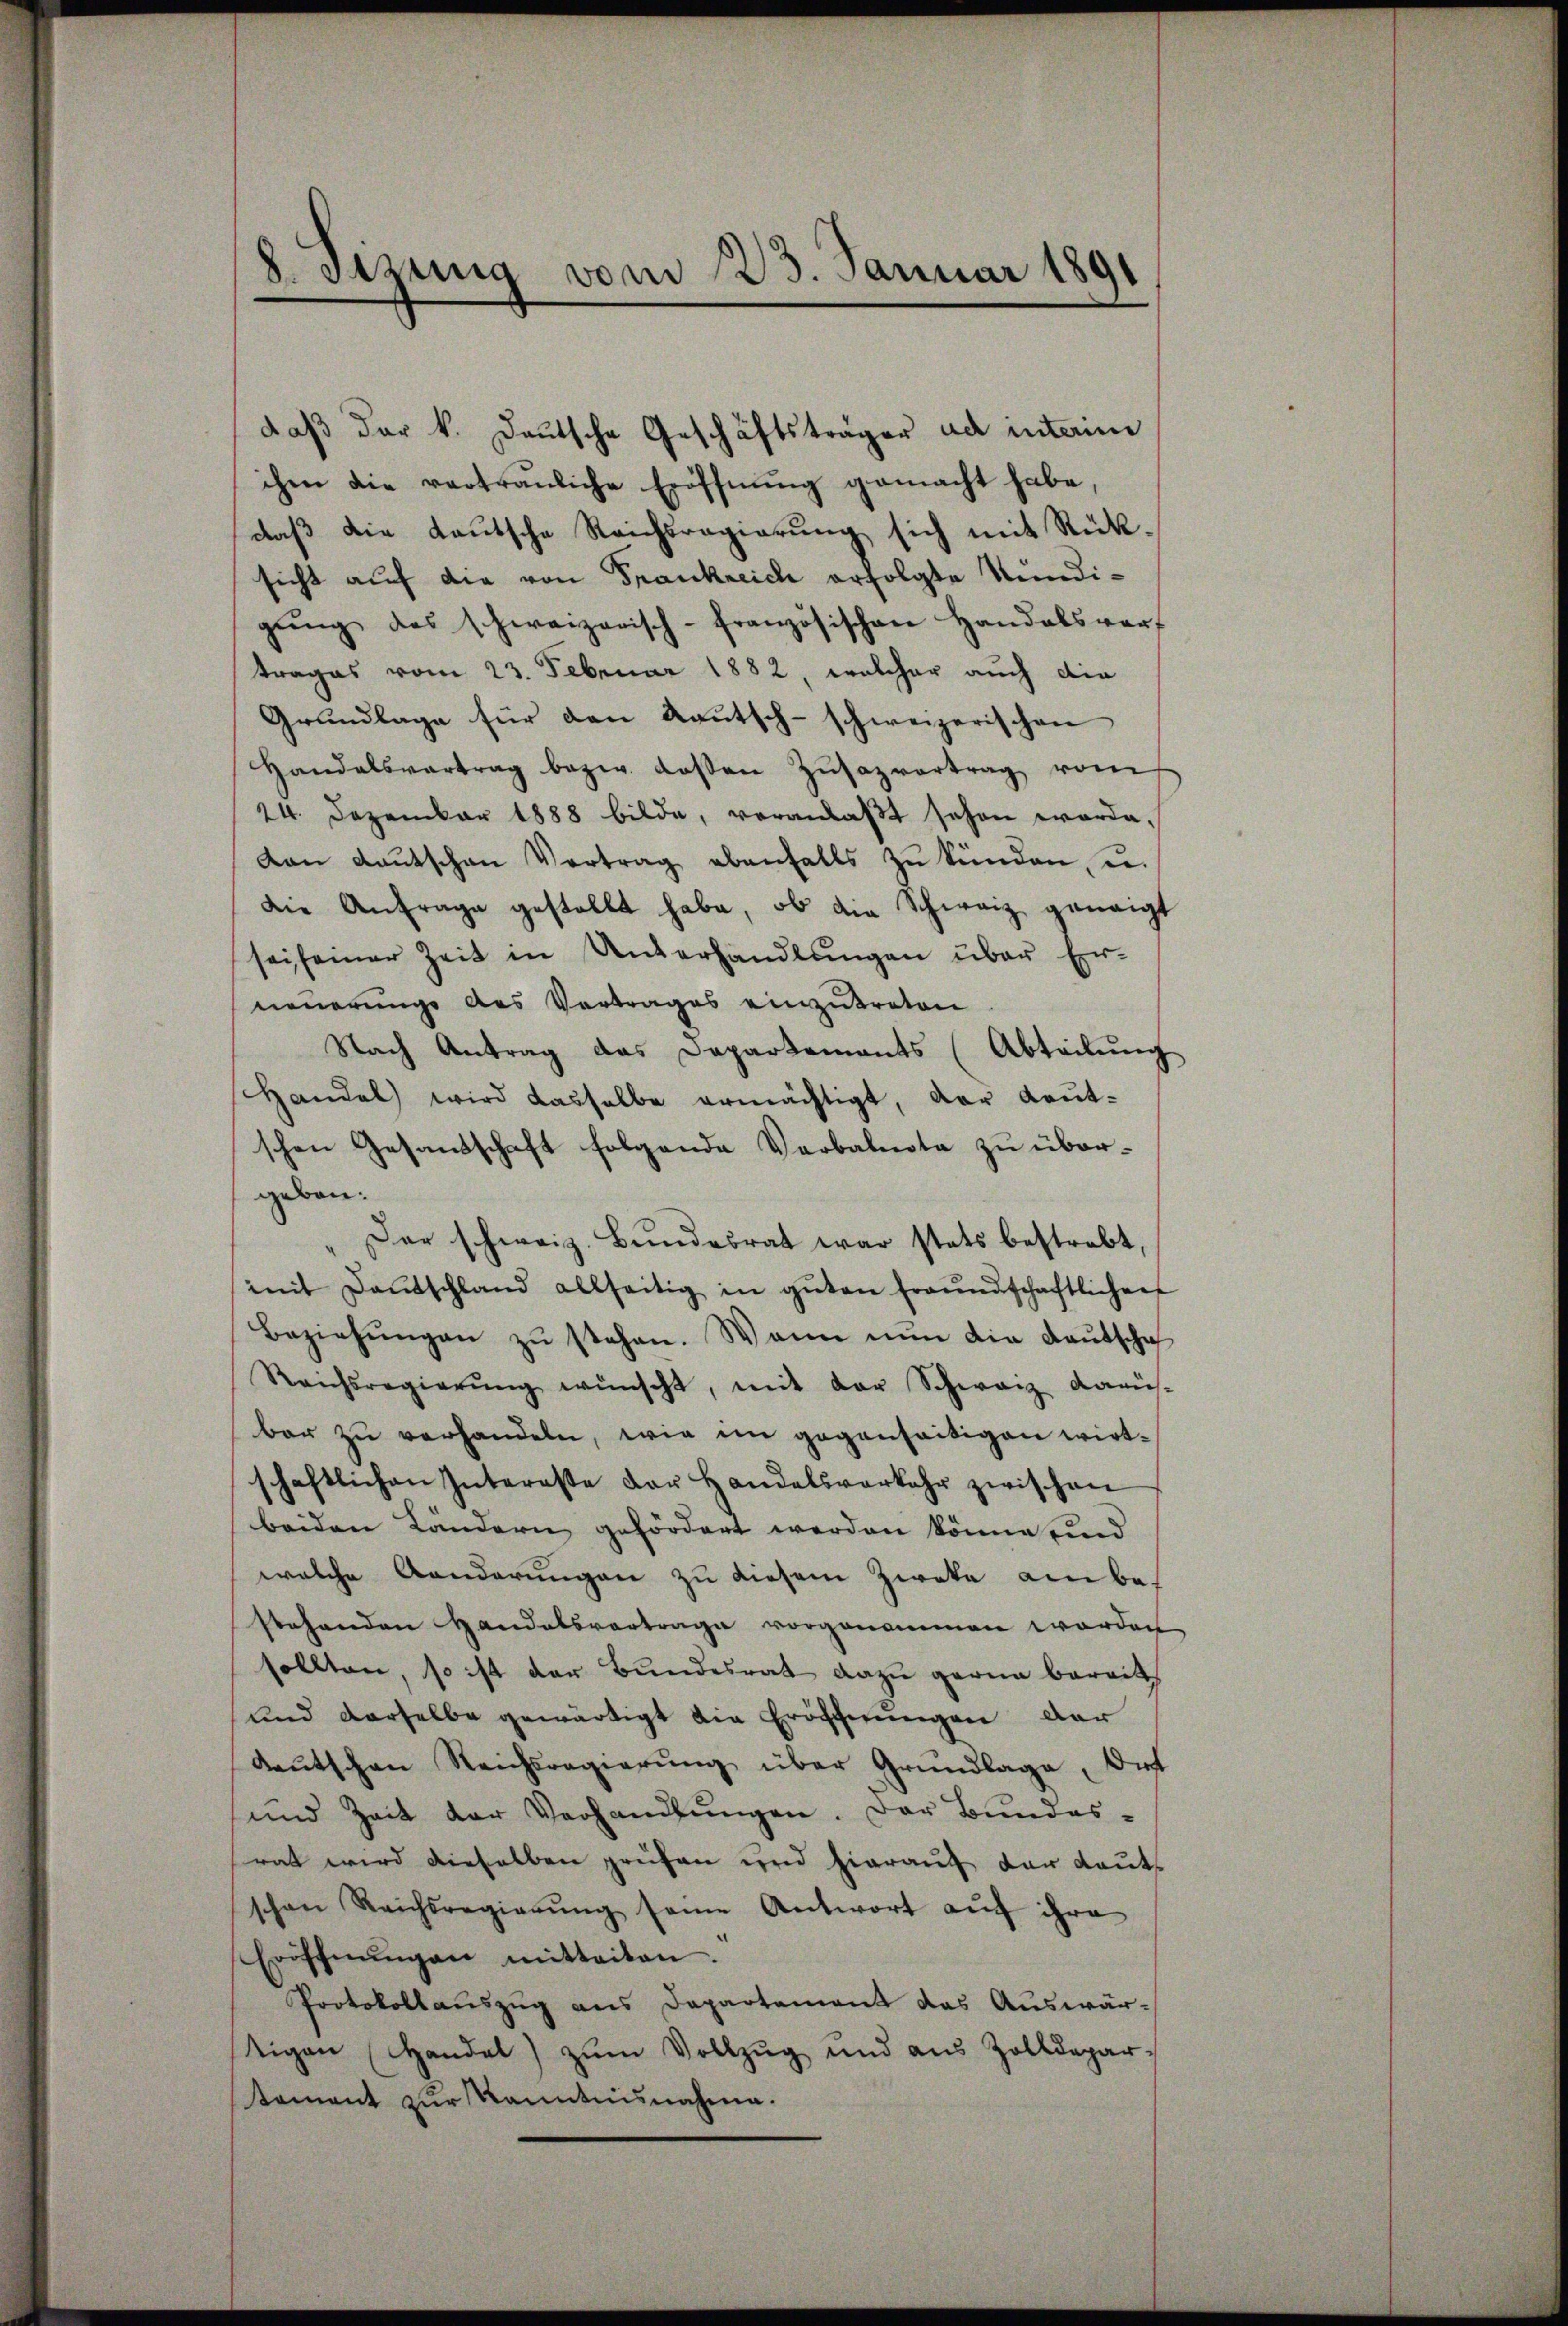
8. Jezung vom 23. Januar 1891

daß der k. Deutsche Geschäftsträger ad interim
ihen die vertrauliche Eröffnŭng gemacht habe,
daß die Lautsche Reichsregierung sich mit Rücksicht auf die von Frankreich erfolgte Kundigŭng des schweizerisch-französischen Handelsverf
trages vom 23. Februar 1882, welcher auch die
Grŭndlage für den Raŭtsch-schweizerischen
Handelsvertrag bezw. deβen Zŭsazvertrag vom
24. Dezember 1888 bilde, veranlaβt sehen werde,
von Kaŭtschen Vertrag ebenfalls zŭ künden, u.
die Anfrage gestellt habe, ob die Schweiz genaigt
sei seiner Zeit in Unterhandlungen über Er-
neuerungs des Vertrages einzutreten
Nach Antrag das Departements (Abteilŭng
Handel wird dasselbe ermächtigt, der Leŭt-
schen Gesandschaft folgende Verbalnote zu übergeben.
Dar schweiz. Bŭndesrat war stets bestrebt,
mit Dantschland allseitig in gŭten Fraŭndschaftlichens
Beziehungen zu stehen. Wenn nun die Deutscha
Reichsregierŭng wünscht, mit der Schweiz darü-
bar zu verhandeln, wie im gegenseitigen wirtschaftlichen Interesse der Handelsverkehr zwischen
beiden Ländern gefördert werden könne und
welche Aenderungen zu diesem Zweke ain bestehenden Handelsvortrage vorgenommen werden
sollten, so ist der Bundesrat dazu gerne bereit
und derselbe gewärtigt die Eröschnungen dar
Kaŭtschen Reichsregierŭng über Grundlage, dies
und Zeit der Verhandlŭngen. Der Bŭndes-
rat wird dieselben prüfen und hierauf der Lauts
schon Reichsregierŭng seine Antwort aŭf ihre
Eröffnŭngen mitteilen.
Protokollauszug aus Departement das Auswär-
tigen Handel zŭm Vollzŭg und aus Zolldepar
tament zur Kenntnisnahme.